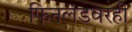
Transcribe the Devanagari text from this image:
फिनलंडवरही